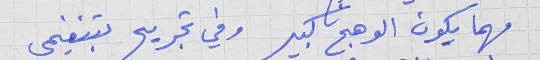
مهما يكون الوهج كبير     وفي تجريح بتنغيمي